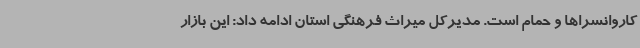
کاروانسراها و حمام است. مدیرکل میراث فرهنگی استان ادامه داد: این بازار